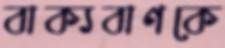
বাক্যবাণকে